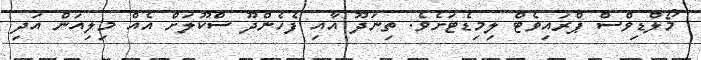
މޯލްޑިވްސް ޕްރައިވެޓް ލިމިޑެޓަށެވެ. ތިނަދޫ އާއި ފެހެންދޫ ސްކޫލަށް އެއް މިލިއަން އަދި